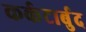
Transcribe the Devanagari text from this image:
कर्कटार्बुद